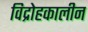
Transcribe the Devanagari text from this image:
विद्रोहकालीन